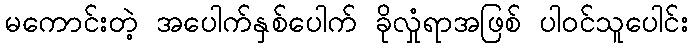
မကောင်းတဲ့ အပေါက်နှစ်ပေါက် ခိုလှုံရာအဖြစ် ပါဝင်သူပေါင်း